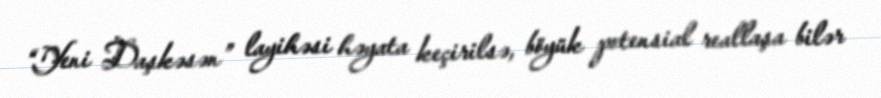
“Yeni Daşkəsən” layihəsi həyata keçirilsə, böyük potensial reallaşa bilər